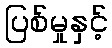
ပြစ်မှုနှင့်